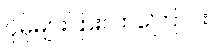
ပိုမိုများပြားလာကြောင်း